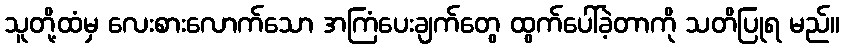
သူတို့ထံမှ လေးစားလောက်သော အကြံပေးချက်တွေ ထွက်ပေါ်ခဲ့တာကို သတိပြုရ မည်။